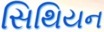
સિથિયન